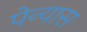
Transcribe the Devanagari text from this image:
पेन्यास